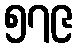
၅၇၉